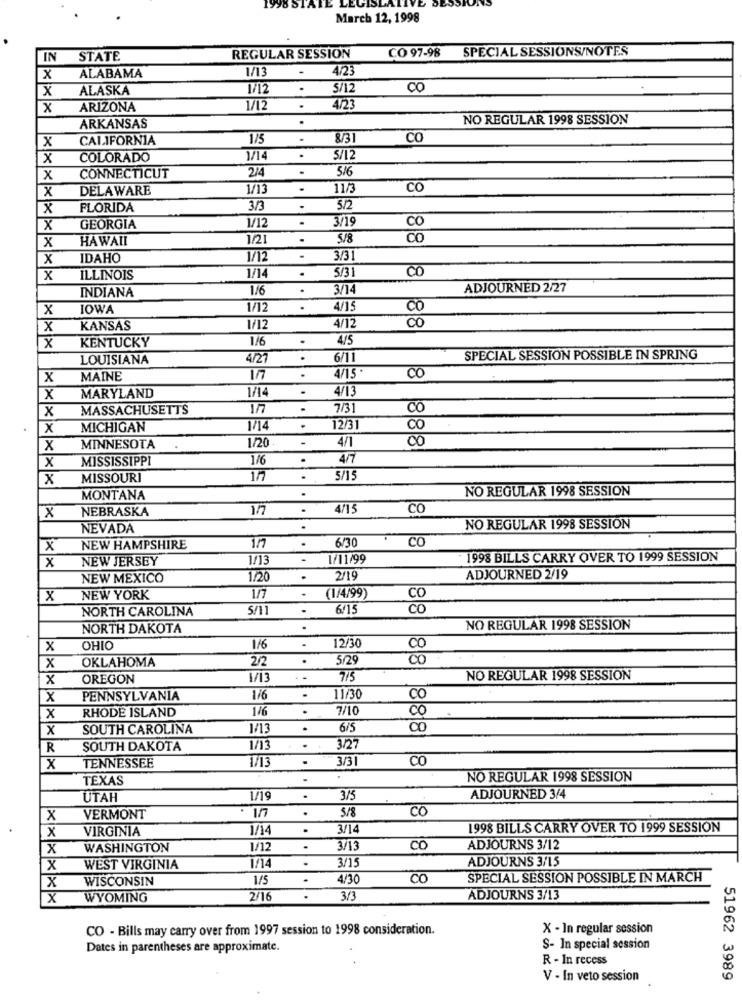
March 12, 1998
CO 97-98
SPECIAL SESSIONS/NOTES
IN
STATE
REGULAR SESSION
ALABAMA
1/13
.
4/23
x
x
ALASKA
1/12
.
5/12
CO
x
ARIZONA
1/12
4/23
NO REGULAR 1998 SESSION
ARKANSAS
x
CALIFORNIA
175
83
CO
x
COLORADO
1/14
.
2/4
.
5/6
x
CONNECTICUT
X
DELAWARE
1/13
.
11/3
CO
X
FLORIDA
3/3
5/2
.
3/19
x
GEORGIA
1/12
CO
HAWAII
1/21
.
5/8
x
x
IDAHO
1/12
3/3
5/3
CO
x
ILLINOIS
.
1/6
.
3/14
ADJOURNED 2/27
INDIANA
X
IOWA
1/12
4/15
CO
Co
X
KANSAS
/12
4/12
KENTUCKY
1/6
4/5
X
LOUISIANA
4/27
.
6/11
SPECIAL SESSION POSSIBLE IN SPRING
4/15
x
MAINE
1/7
Co
MARYLAND
4/13
x
x
MASSACHUSETTS
1/7
7/31
CO
.
X
MICHIGAN
.
12/3
1/20
4/1
00
x
MINNESOTA
x
MISSISSIPPI
1/6
4/7
x
MISSOURI
5/15
NO REGULAR 1998 SESSION
MONTANA
NEBRASKA
17
.
4/15
CO
x
NEVADA
NO REGULAR 1998 SESSION
117
6/30
. CO
x
NEW HAMPSHIRE
x
NEW JERSEY
1/11/99
1998 BILLS CARRY OVER TO 1999 SESSION
NEW MEXICO
1/20
2/19
ADJOURNED 2/19
(1/4/99)
X
NEW YORK
.
CO
NORTH CAROLINA
5/11
6/15
CO
NORTH DAKOTA
NO REGULAR 1998 SESSION
x
OHIO
146
12/30
CO
OKLAHOMA
2/2
.
5/25
Co
x
X
OREGON
4/13
7/5
NO REGULAR 1998 SESSION
x
PENNSYLVANIA
1/6
.
11/30
Co
RHODE ISLAND
1/6
7/10
Co
x
$19
x
SOUTH CAROLINA
1/13
R
SOUTH DAKOTA
1/13
3/27
TENNESSEE
1/13
.
3/3
CO
x
TEXAS
NO REGULAR 1998 SESSION
UTAH
1/19
.
3/5
ADJOURNED 3/4
17
.
5/8
CO
x
VERMONT
x
VIRGINIA
1/14
.
3/1
1998 BILLS CARRY OVER TO 1999 SESSION
X
WASHINGTON
1/12
.
3/13
CO
ADJOURNS 3/12
.
ADJOURNS 3/15
X
WEST VIRGINIA
1/14
3/15
x
WISCONSIN
1/5
4/30
CO
SPECIAL SESSION POSSIBLE IN MARCH
x
WYOMING
2/16
.
3/3
ADJOURNS 3/13
CO - Bills may carry over from 1997 session to 1998 consideration.
X - In regular session
Dates in parentheses are approximate.
S- In special session
R - In recess
V - In veto session
51962 3989